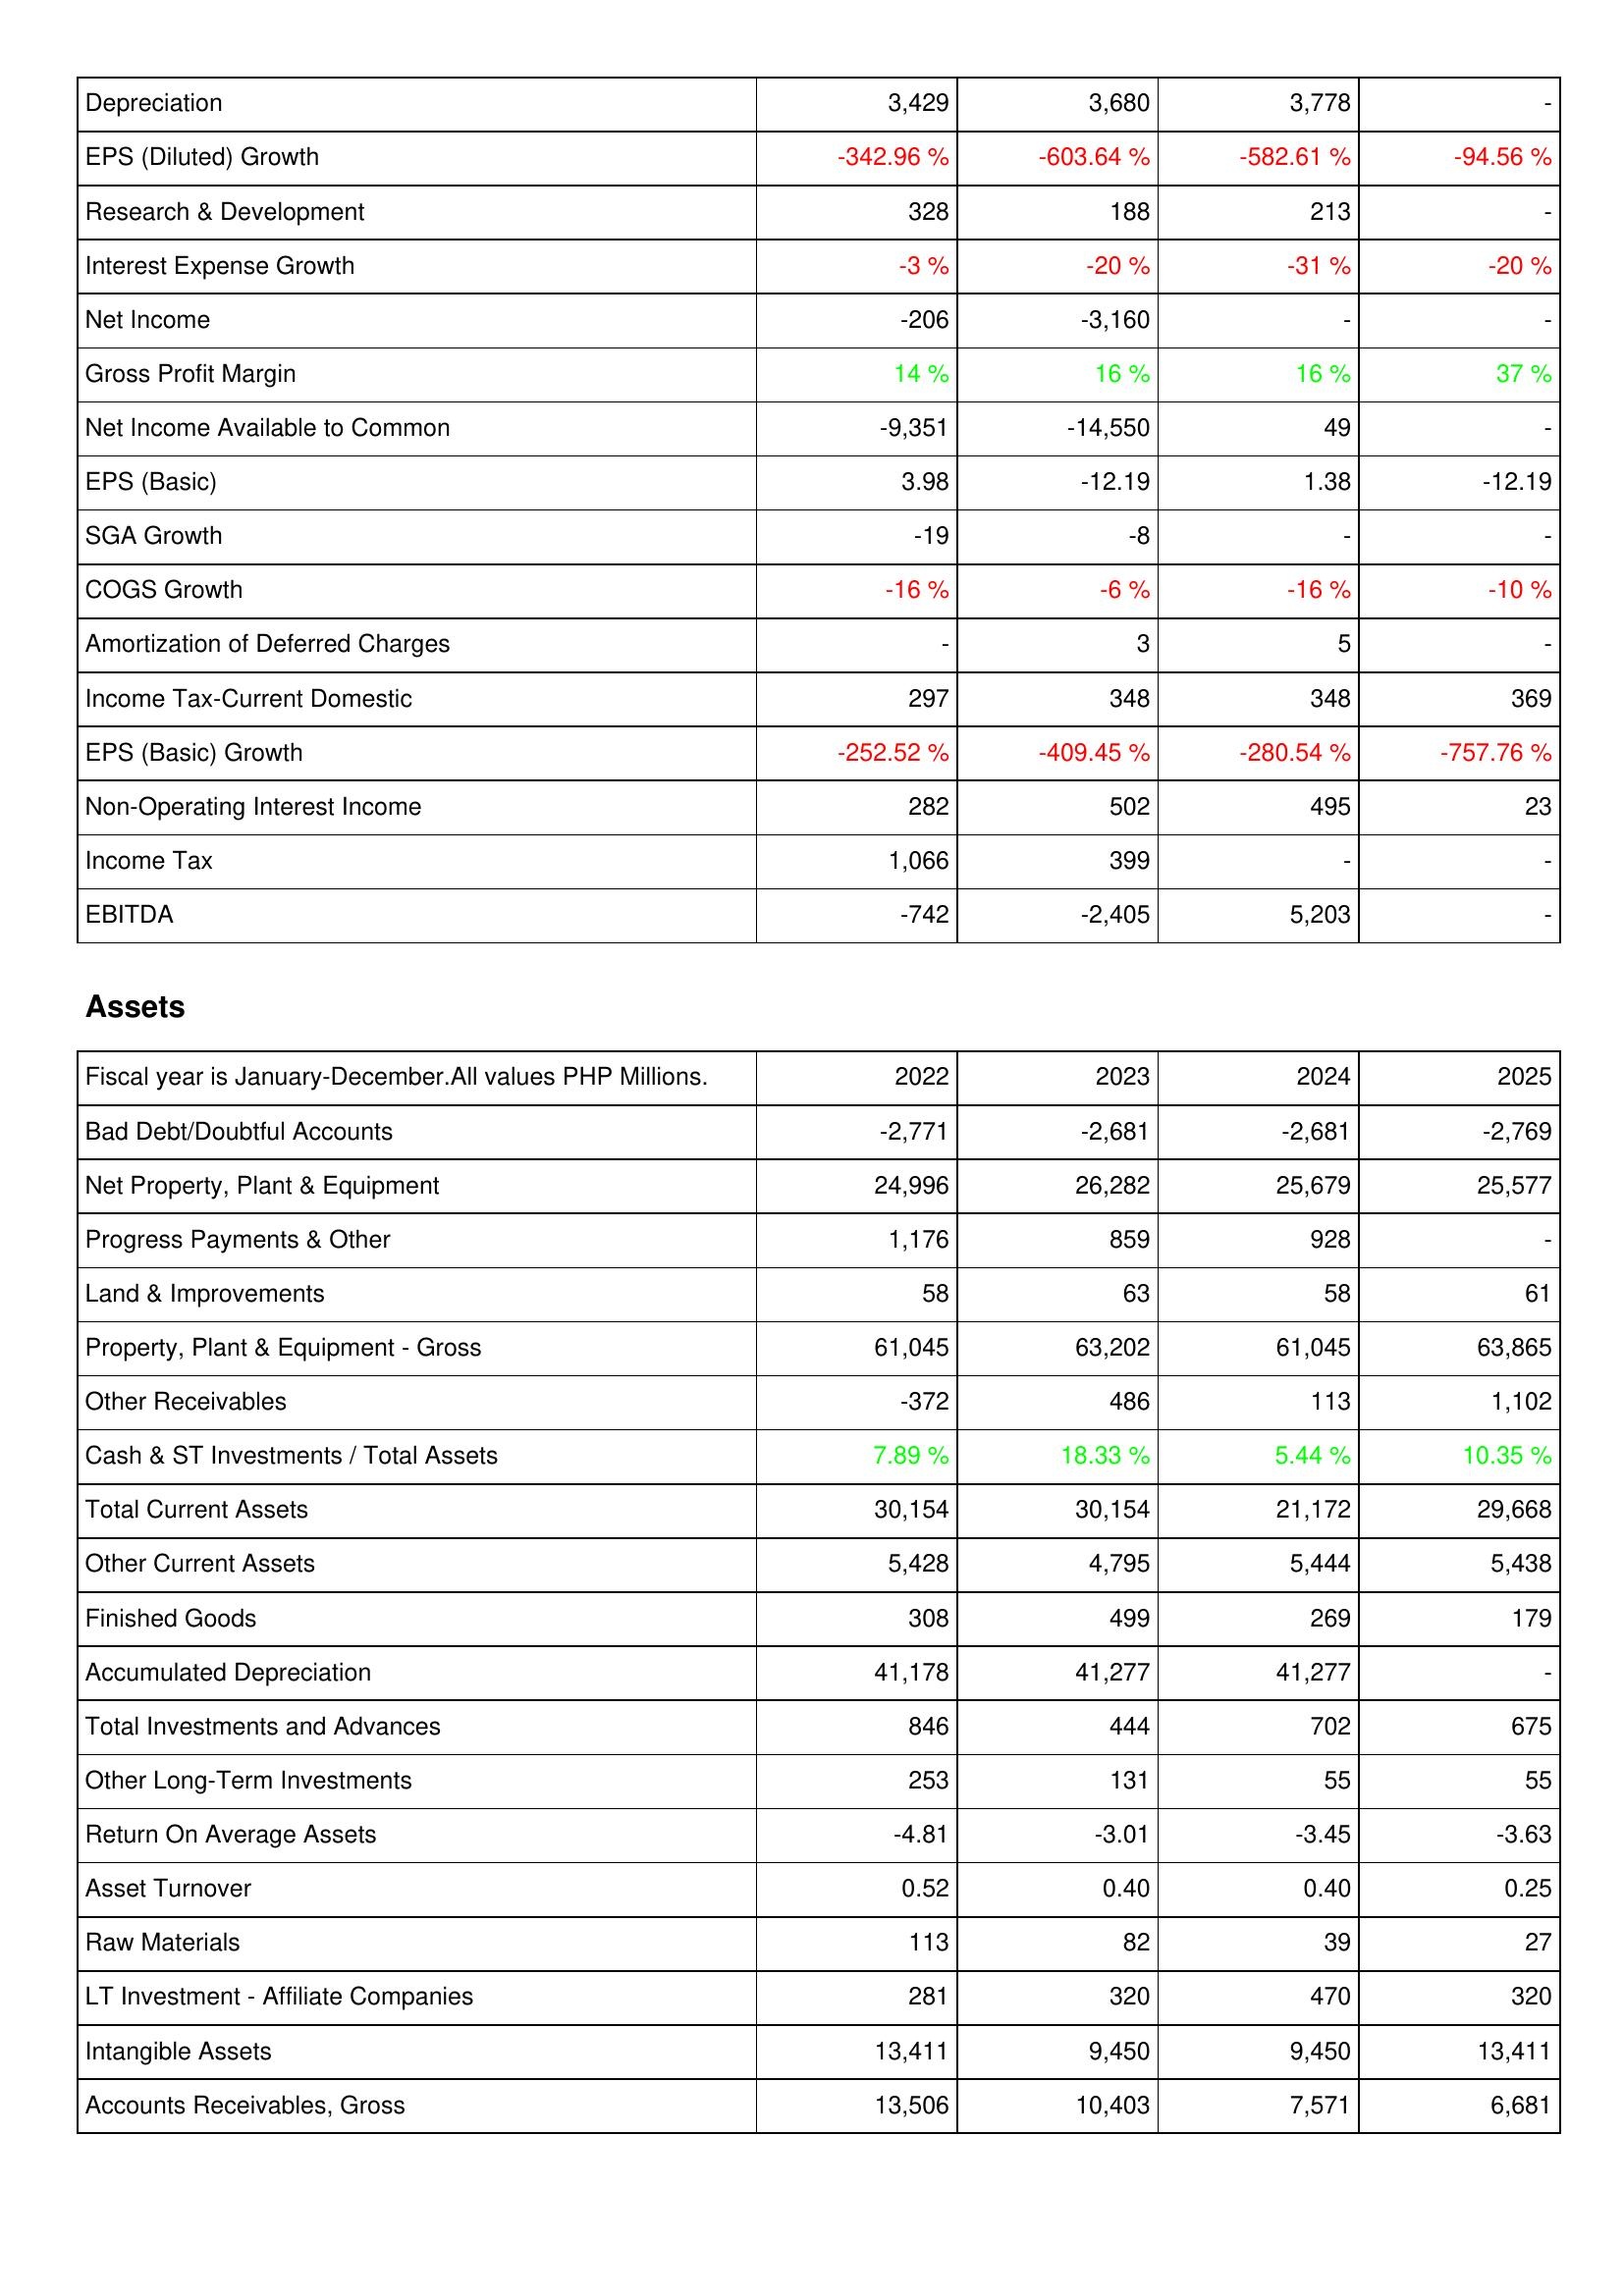
2022: Income Statement: Depreciation: 3,429
EPS (Diluted) Growth: -342.96 %
Research & Development: 328
Interest Expense Growth: -3 %
Net Income: -206
Gross Profit Margin: 14 %
Net Income Available to Common: -9,351
EPS (Basic): 3.98
SGA Growth: -19
COGS Growth: -16 %
Amortization of Deferred Charges: -
Income Tax-Current Domestic: 297
EPS (Basic) Growth: -252.52 %
Non-Operating Interest Income: 282
Income Tax: 1,066
EBITDA: -742
Assets: Bad Debt/Doubtful Accounts: -2,771
Net Property, Plant & Equipment: 24,996
Progress Payments & Other: 1,176
Land & Improvements: 58
Property, Plant & Equipment - Gross: 61,045
Other Receivables: -372
Cash & ST Investments / Total Assets: 7.89 %
Total Current Assets: 30,154
Other Current Assets: 5,428
Finished Goods: 308
Accumulated Depreciation: 41,178
Total Investments and Advances: 846
Other Long-Term Investments: 253
Return On Average Assets: -4.81
Asset Turnover: 0.52
Raw Materials: 113
LT Investment - Affiliate Companies: 281
Intangible Assets: 13,411
Accounts Receivables, Gross: 13,506
2023: Income Statement: Depreciation: 3,680
EPS (Diluted) Growth: -603.64 %
Research & Development: 188
Interest Expense Growth: -20 %
Net Income: -3,160
Gross Profit Margin: 16 %
Net Income Available to Common: -14,550
EPS (Basic): -12.19
SGA Growth: -8
COGS Growth: -6 %
Amortization of Deferred Charges: 3
Income Tax-Current Domestic: 348
EPS (Basic) Growth: -409.45 %
Non-Operating Interest Income: 502
Income Tax: 399
EBITDA: -2,405
Assets: Bad Debt/Doubtful Accounts: -2,681
Net Property, Plant & Equipment: 26,282
Progress Payments & Other: 859
Land & Improvements: 63
Property, Plant & Equipment - Gross: 63,202
Other Receivables: 486
Cash & ST Investments / Total Assets: 18.33 %
Total Current Assets: 30,154
Other Current Assets: 4,795
Finished Goods: 499
Accumulated Depreciation: 41,277
Total Investments and Advances: 444
Other Long-Term Investments: 131
Return On Average Assets: -3.01
Asset Turnover: 0.40
Raw Materials: 82
LT Investment - Affiliate Companies: 320
Intangible Assets: 9,450
Accounts Receivables, Gross: 10,403
2024: Income Statement: Depreciation: 3,778
EPS (Diluted) Growth: -582.61 %
Research & Development: 213
Interest Expense Growth: -31 %
Net Income: -
Gross Profit Margin: 16 %
Net Income Available to Common: 49
EPS (Basic): 1.38
SGA Growth: -
COGS Growth: -16 %
Amortization of Deferred Charges: 5
Income Tax-Current Domestic: 348
EPS (Basic) Growth: -280.54 %
Non-Operating Interest Income: 495
Income Tax: -
EBITDA: 5,203
Assets: Bad Debt/Doubtful Accounts: -2,681
Net Property, Plant & Equipment: 25,679
Progress Payments & Other: 928
Land & Improvements: 58
Property, Plant & Equipment - Gross: 61,045
Other Receivables: 113
Cash & ST Investments / Total Assets: 5.44 %
Total Current Assets: 21,172
Other Current Assets: 5,444
Finished Goods: 269
Accumulated Depreciation: 41,277
Total Investments and Advances: 702
Other Long-Term Investments: 55
Return On Average Assets: -3.45
Asset Turnover: 0.40
Raw Materials: 39
LT Investment - Affiliate Companies: 470
Intangible Assets: 9,450
Accounts Receivables, Gross: 7,571
2025: Income Statement: Depreciation: -
EPS (Diluted) Growth: -94.56 %
Research & Development: -
Interest Expense Growth: -20 %
Net Income: -
Gross Profit Margin: 37 %
Net Income Available to Common: -
EPS (Basic): -12.19
SGA Growth: -
COGS Growth: -10 %
Amortization of Deferred Charges: -
Income Tax-Current Domestic: 369
EPS (Basic) Growth: -757.76 %
Non-Operating Interest Income: 23
Income Tax: -
EBITDA: -
Assets: Bad Debt/Doubtful Accounts: -2,769
Net Property, Plant & Equipment: 25,577
Progress Payments & Other: -
Land & Improvements: 61
Property, Plant & Equipment - Gross: 63,865
Other Receivables: 1,102
Cash & ST Investments / Total Assets: 10.35 %
Total Current Assets: 29,668
Other Current Assets: 5,438
Finished Goods: 179
Accumulated Depreciation: -
Total Investments and Advances: 675
Other Long-Term Investments: 55
Return On Average Assets: -3.63
Asset Turnover: 0.25
Raw Materials: 27
LT Investment - Affiliate Companies: 320
Intangible Assets: 13,411
Accounts Receivables, Gross: 6,681